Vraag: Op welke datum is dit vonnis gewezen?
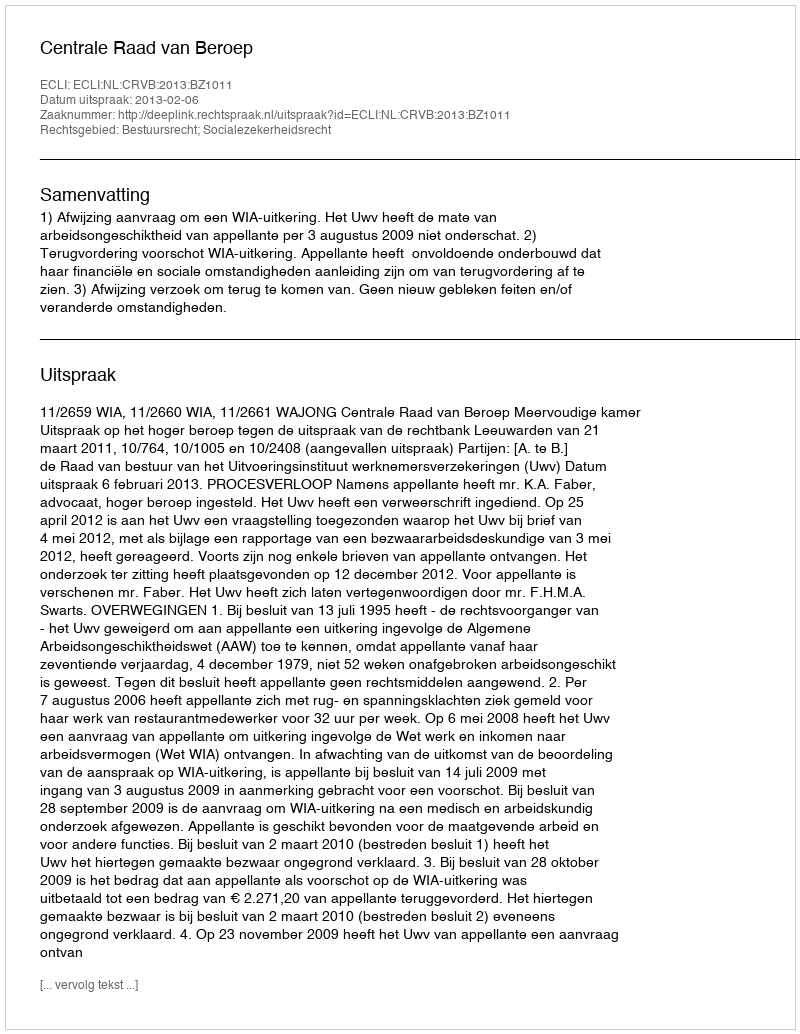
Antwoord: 2013-02-06